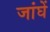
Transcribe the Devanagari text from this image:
जांघें